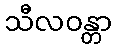
သီလဝန္တာ